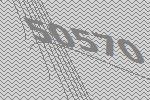
50570